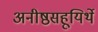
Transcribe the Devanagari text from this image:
अनीष्ठसहूयिर्थे